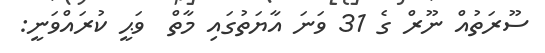
ސޫރަތުއް ނޫރް ގެ 31 ވަނަ އާޔަތުގައި މާތް  ވަޙީ ކުރައްވަނީ: